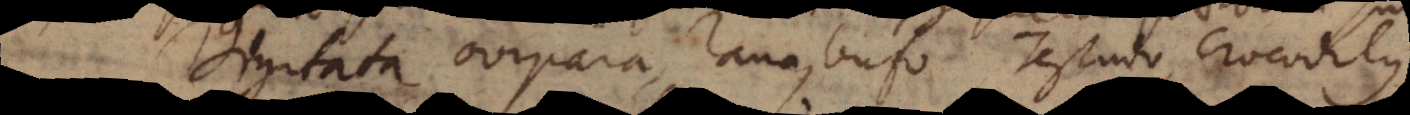
Digitata ovipara, rana, bufo, testudo, crocodilus.